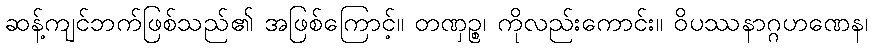
ဆန့်ကျင်ဘက်ဖြစ်သည်၏ အဖြစ်ကြောင့်။ တဏှဉ္စ၊ ကိုလည်းကောင်း။ ဝိပဿနာဂ္ဂဟဏေန၊